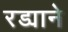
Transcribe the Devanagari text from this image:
रड्याने